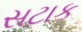
સટાક